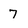
Character: 7